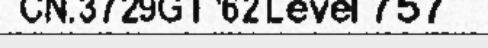
CN.3729GT '62 Level 757